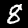
Digit: 8